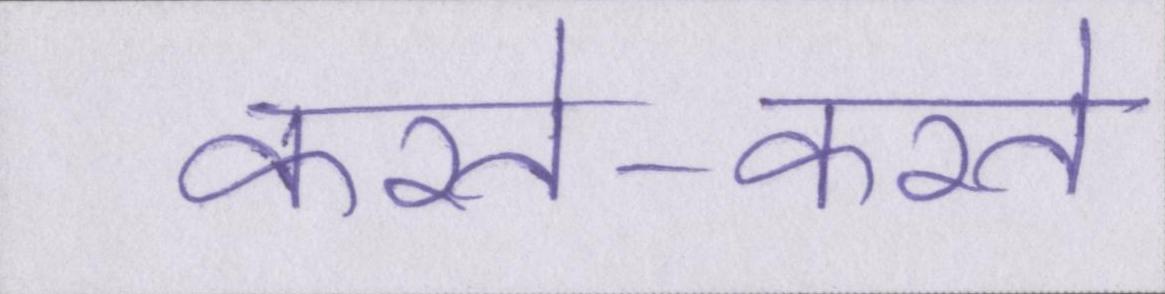
करते-करते